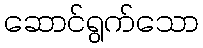
ဆောင်ရွက်သော